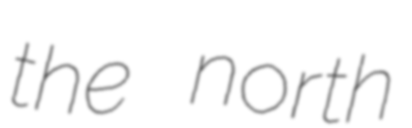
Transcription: the north